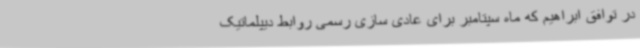
در توافق‌ ابراهیم که ماه سپتامبر برای عادی سازی رسمی روابط دیپلماتیک